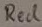
Text: Red